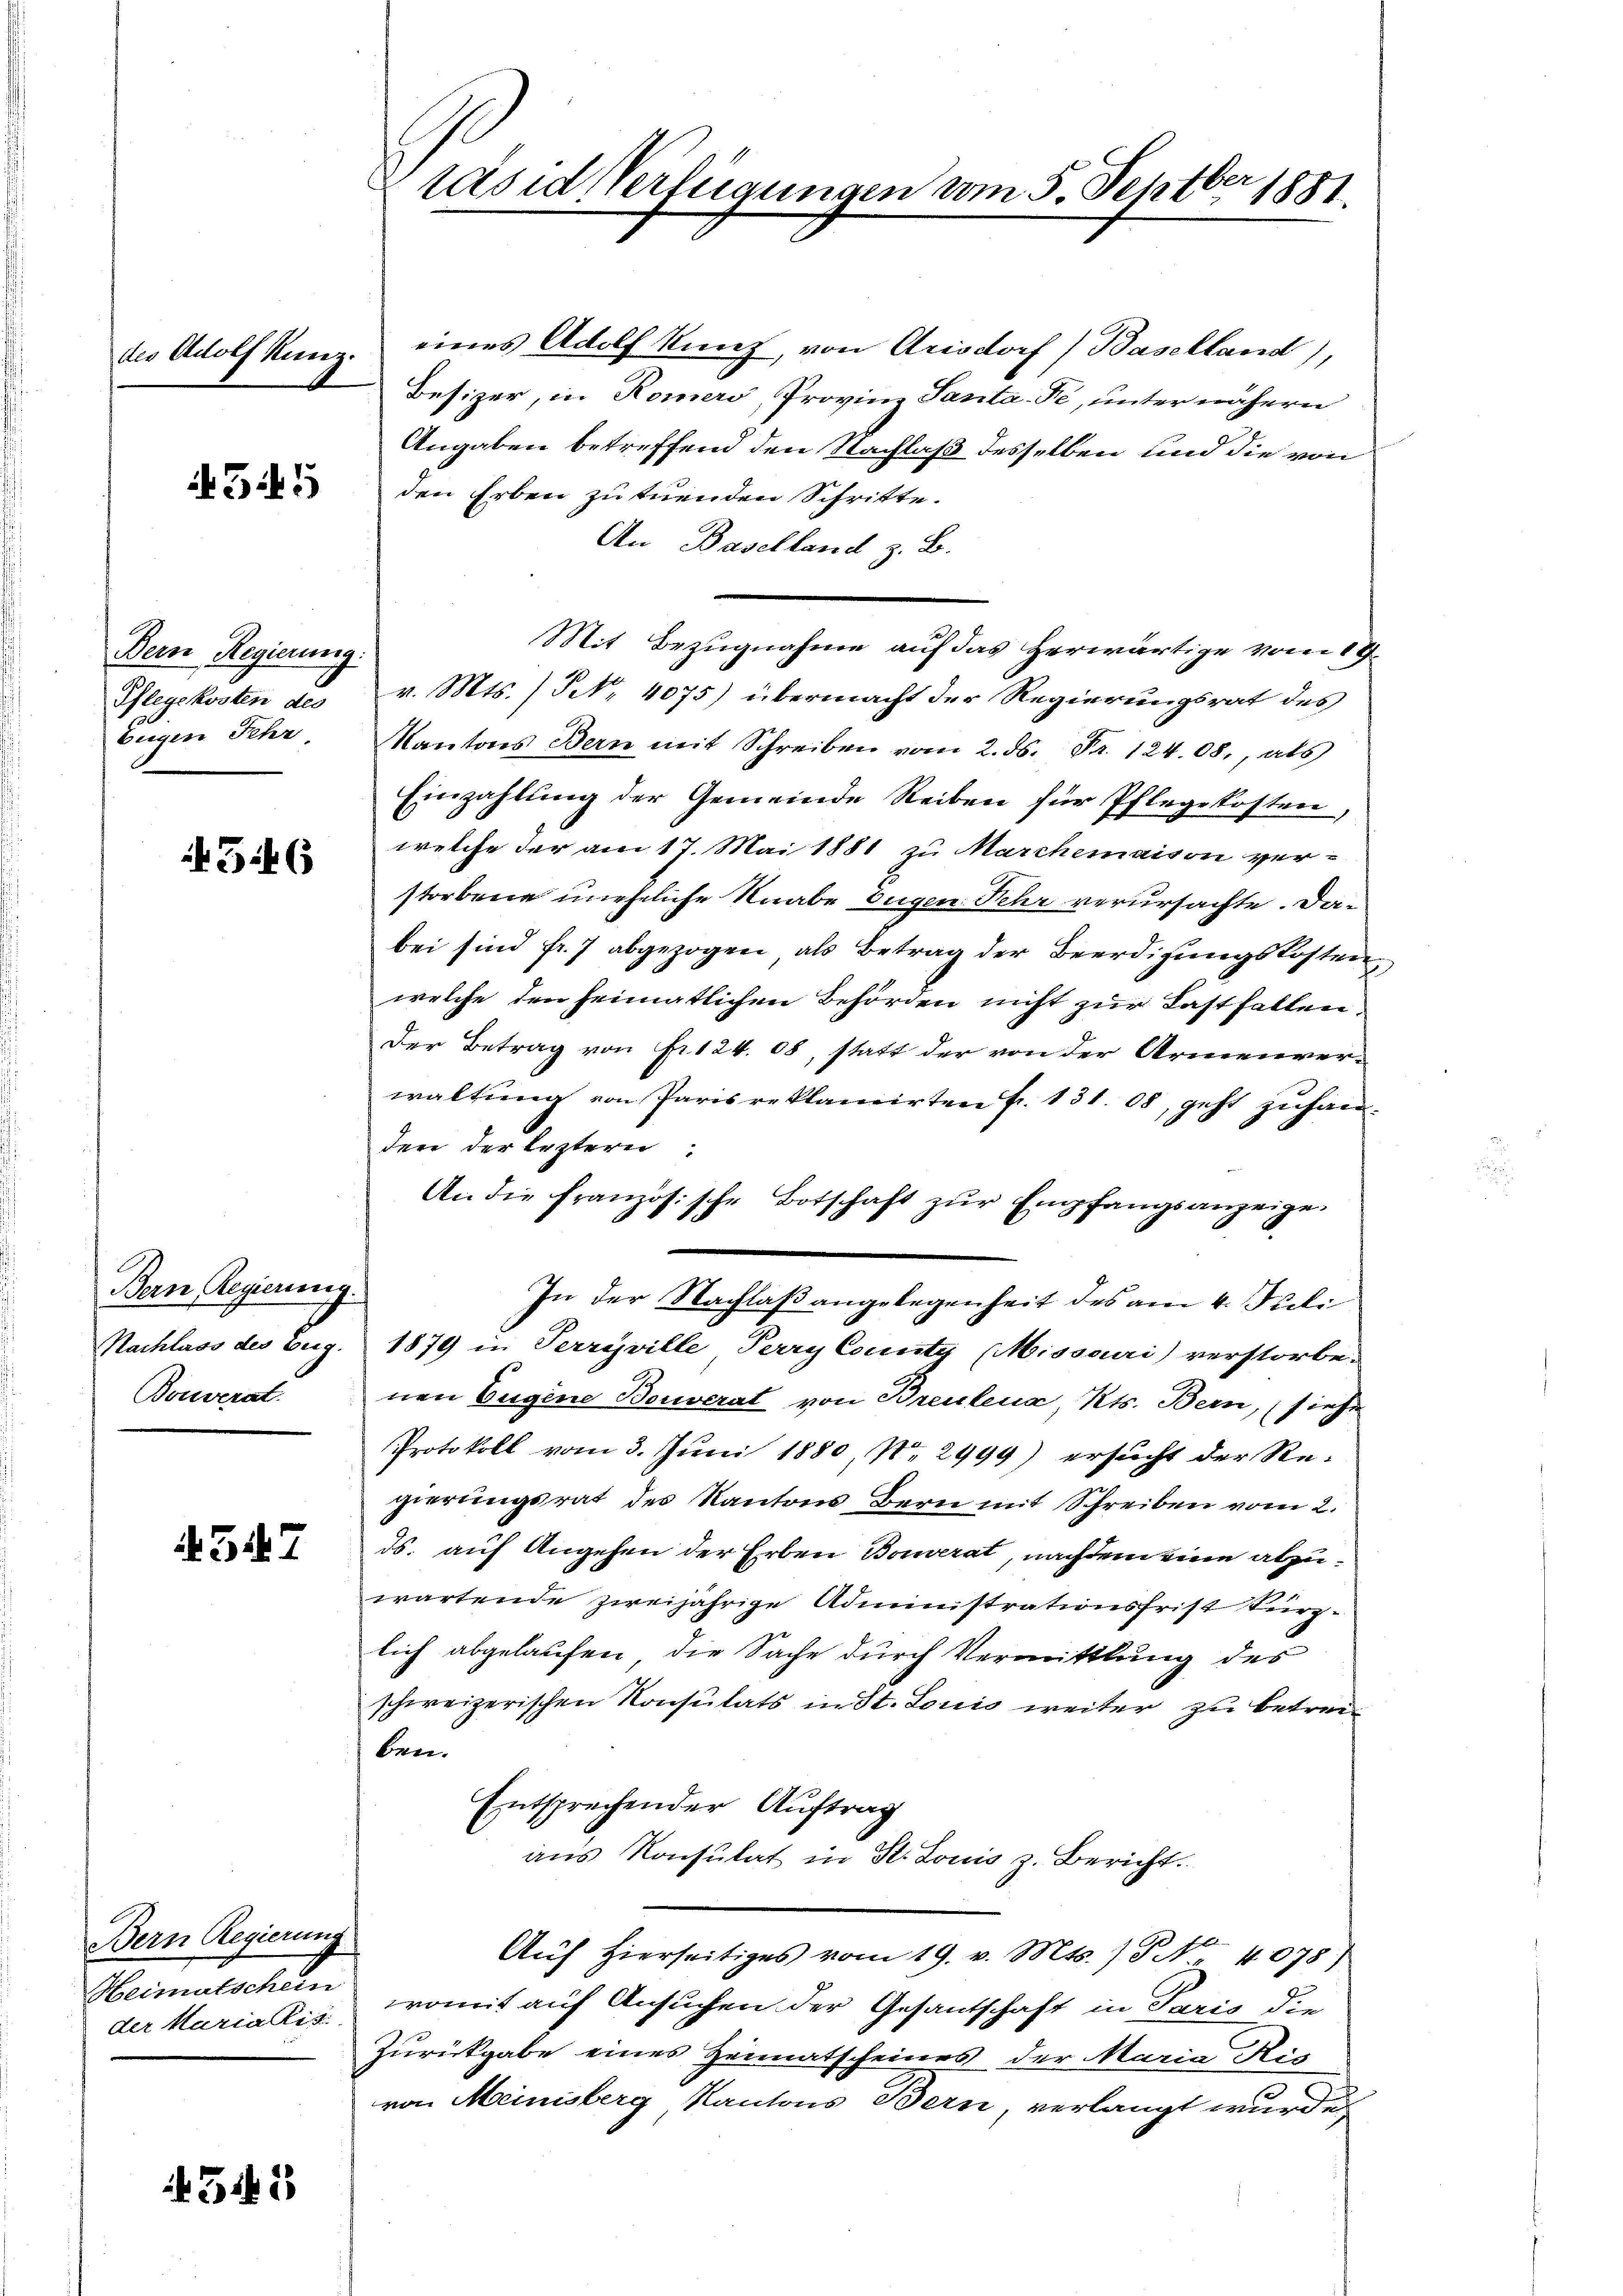
des Adolf Kunz.

545

Bern Regierung.
Pflegekosten des
Eugen Sehr

346

Bern Regierung.
Nachlass der Burg.
Bouverat.

4547

Bern Regierung
Heimatschein
der Maria Ris

545

e
rasid Verfügungen vom 5. Septbr. 1881.

eines Adolf Kunz, von Arisdorf (Baselland),
Besizer, in Romers, Provinz Santa-Fe, unter nähern
Angaben betreffend den Nachlaß desselben und die von
den Erben zu tuenden Schritte.
An Baselland z. B.
Mit Bezugnahme auf das herwärtige vom 19.
v. Mts. (N. 4075) übermacht der Regierungsrat des
Kantons Bern mit Schreiben vom 2. ds. Fr. 124.08., als
Einzahlung der Gemeinde Reiben für Pflegekosten,
welche der am 17. Mai 1881 zu Marchemaison ver-
storbene uneheliche Knabe Eugen Fehr verursachte. Dabei sind fr. 7 abgezogen, als Betrag der Beerdigungskosten
welche den heimatlichen Behörden nicht zur Lastfallen.
Der Betrag von Fr. 124. 08, statt der von der Armenver-
waltung von Paris reklamirten fr. 131. 08, geht zuhauden der leztern
An die französische Botschaft zŭr Empfangsanzeige
In der Nachlaßangelegenheit des am 4. Juli
1879 in Perreville Perry County (Missouri) verstorbe-
nen Eugene Bouverat von Breulena Kts. Bern, siehe
Protokoll vom 3. Juni 1880, No 2999) ersucht der Regierungsrat des Kantons Bern mit Schreiben vom 2.
ds. auf Angehen der Erben Bouverat, nachdem eine abzuwartende zweijährige Administrationsfrist kürzlich abgelaufen, die Sache durch Vermittlung des
schweizerischen Konsulats in St. Louis weiter zu betreiben.
Entsprechender Auftrag
aus Konsulat in St. Louis z. Bericht.
Auf hierseitiges vom 19. v. Mts. ) § 4078)
womit auf Ansuchen der Gesantschaft in Paris die
Zurückgabe eines Heimatscheines der Maria Nie
von Meinisberg Kantons Bern, verlangt wurde